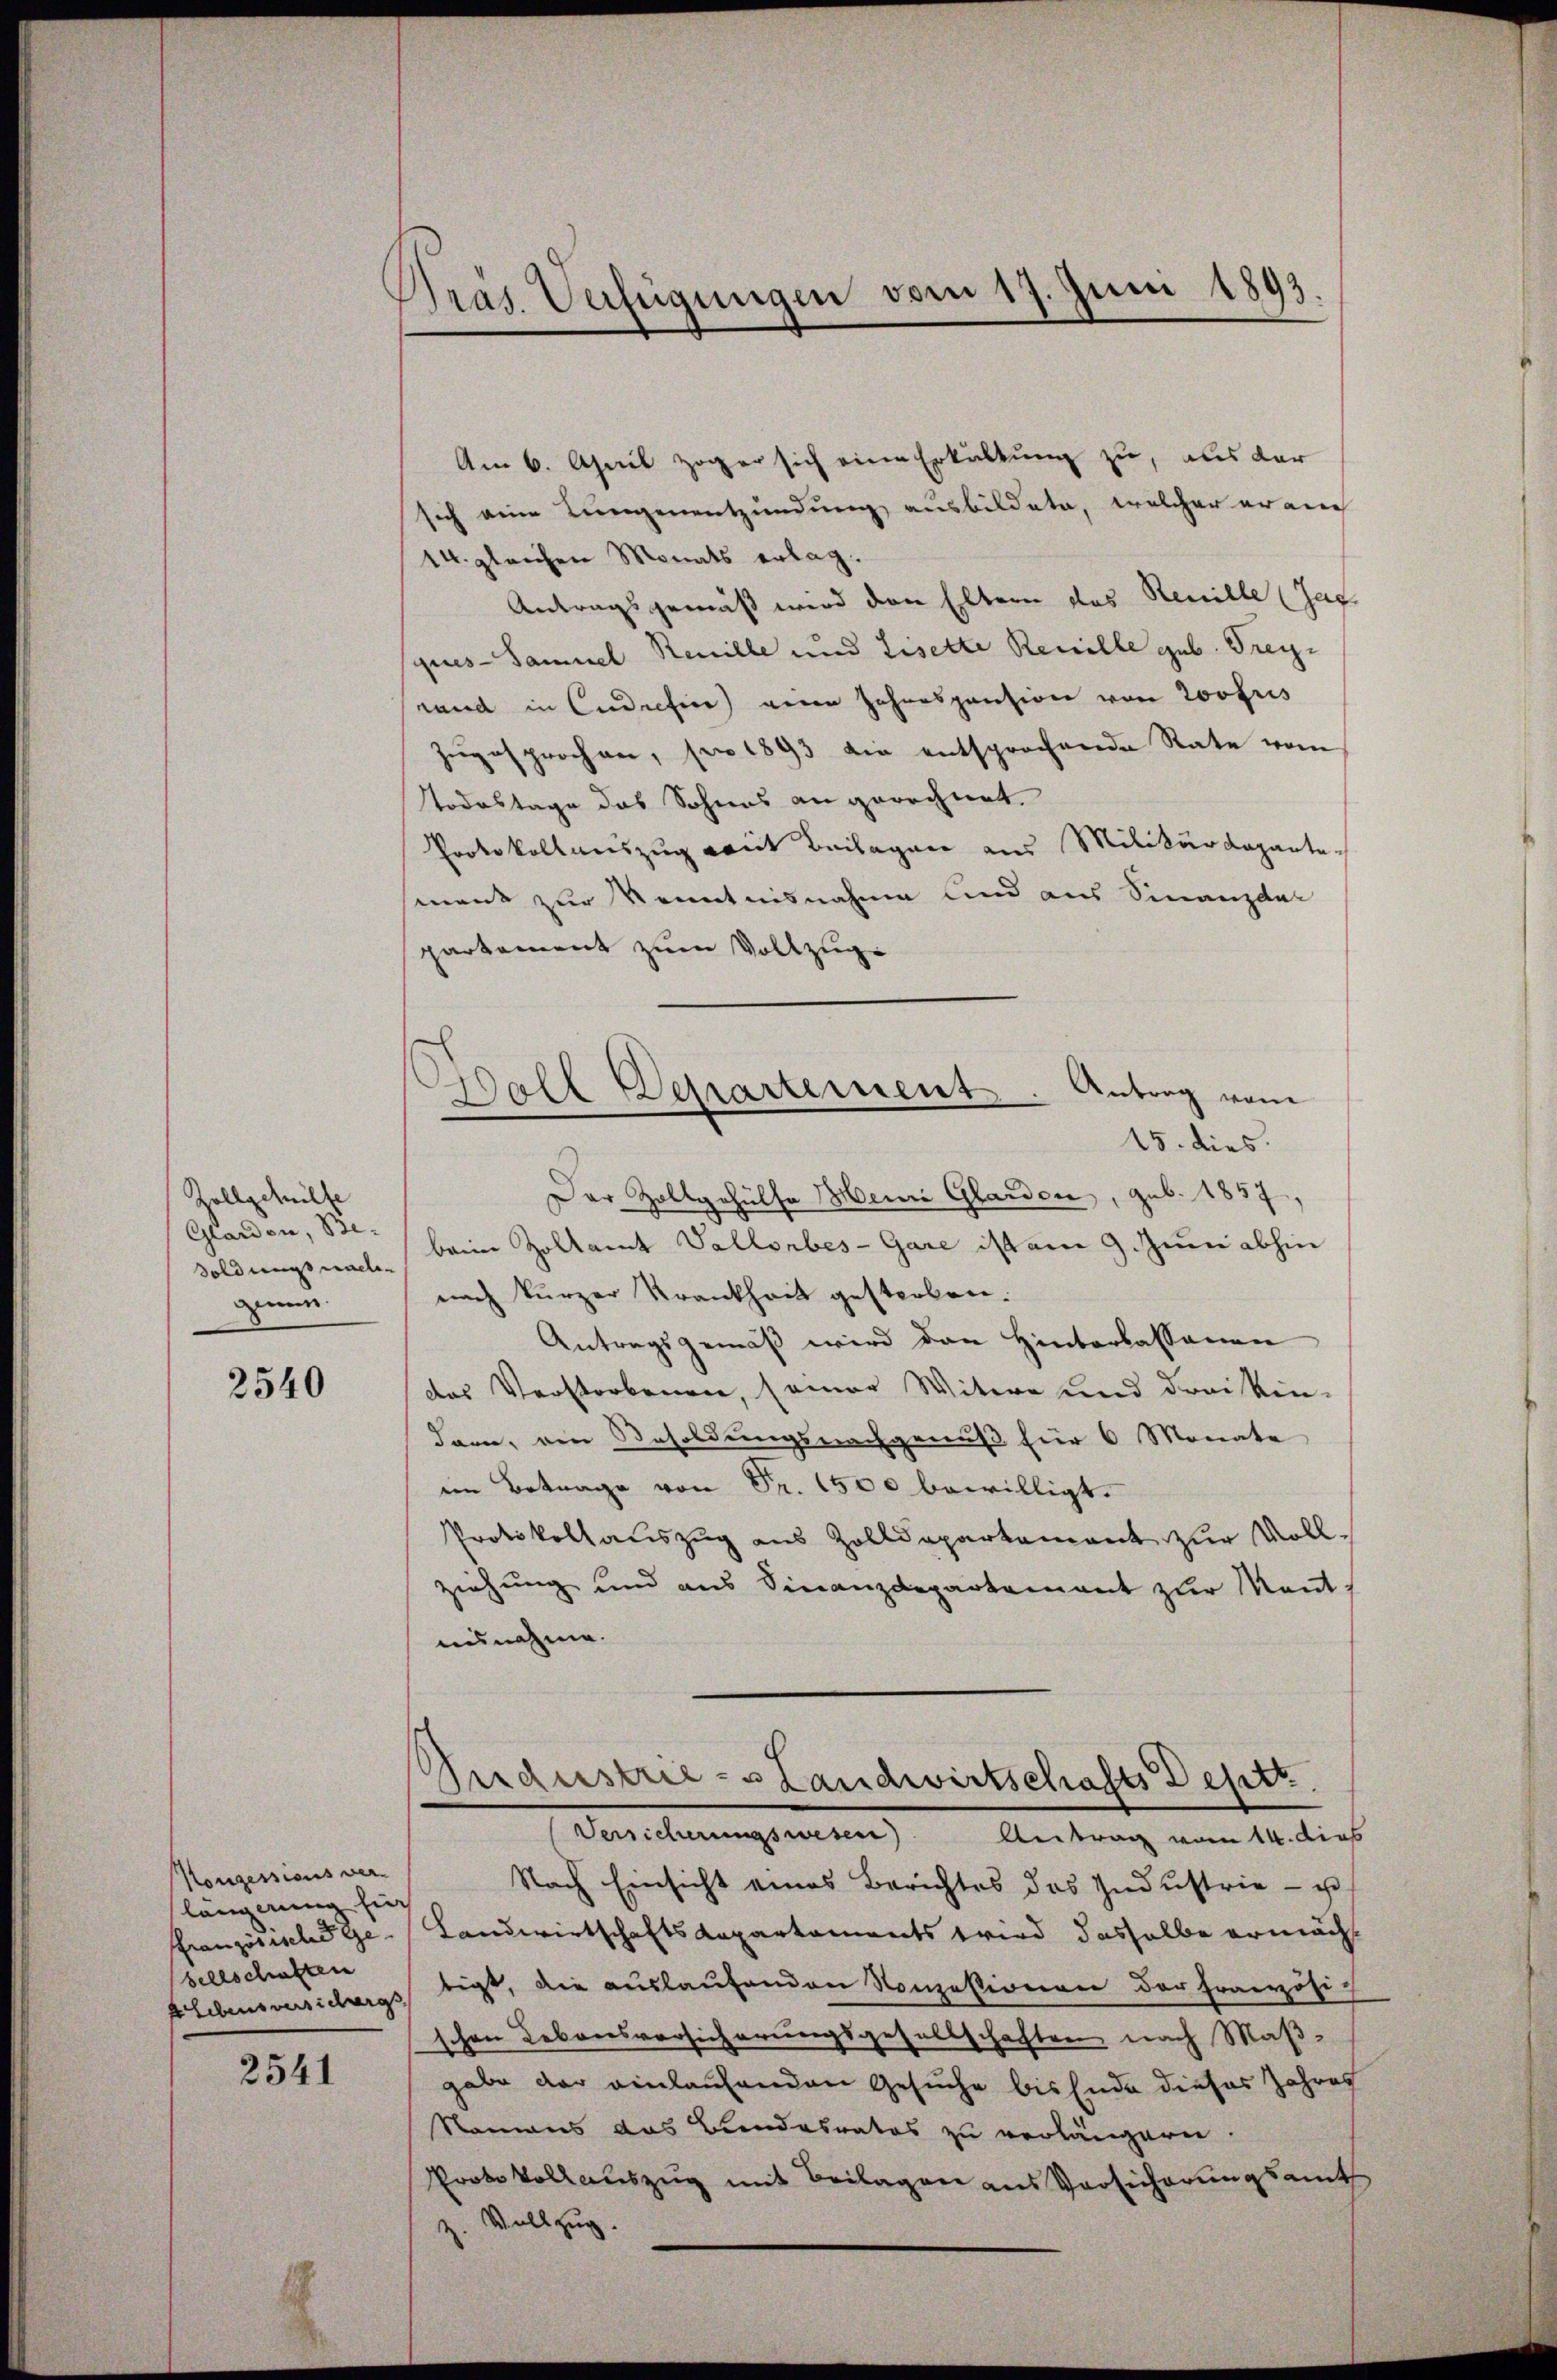
Zollgehülfe
Glarden, Besoldungsnachzin.

2540

Konzessions ver-
längerung für
französische Ge
sellschaften

2541

Pras Verfügungen vom 17. Juni 1893.

Am 6. April zoger sich eine Erkältung zu, aus der
sich eine Lungenentzündung ausbildete, welcher er auch
14. gleichen Monats erlag.
Antragsgemäß wird den Eltern das Renille (Jag.
gues-Sammel Renille und Liselte Renille geb. Frey¬
Land in Codifice) eine Jahrespension von Loofris
Zugesprochen, pro 1893 die entsprochende Rate vom
Todestage das Sohnes an gerechnet.
Protokoll auszug mit Beilagen aus Militärdeparte
ment zur Kenntnisnahme und aus Finanzdar
partement zum Vollzuge
Ball Departement. Antrag vom
15. dies
Der Zollgehülfe Henri Glarden, geb. 1857,
beim Zollamt Vallorbes-Gare ist am 9. Juni abhin
nach kurzer Krankheit gesterben.
Antragsgemäß wird den Hinterlassenen
des Verstorbenen, seiner Witwe und drei Kin-
dar, ein Besoldungsnachgenuß für 6 Monate
im Betrage von Fr. 1500 bewilligt.
Protokollauszug aus Zolldepartement zur Vollziehung und aus Finanzdepartement zur Mantausnahme.

Andustrie - Landwirtschafts Destt
Versicherungswesen Antrag vom 14. dies

Nach Einsicht eines Berichtes das Industrie - u
Landwirtschaftsdepartements wird dasselbe ermächt
ALebensversuchungstigt, die auslaufenden Konzessionen der Französi-
schen Lebensversicherungsgesellschaften nach Maßgabe der einlaufenden Gesuche bis Ende dieses Jahres
Namens das Bundesrates zu verlängern.
Protokollaŭszŭg mit Beilagen aus Versicherungsamt
z. Vollzug.